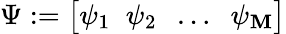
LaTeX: \Psi:=\big[\psi_{1}\; \; \psi_{2}\; \; \dots\; \; \psi_{\mathbf{M}}\big]